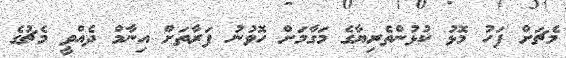
މެޗަށް ފަހު މޮޅު ކުޅުންތެރިޔާގެ މަގާމަށް ހޮވުނު ފަރާތަށް އިނާމް ދެއްވީ މެޗުގެ